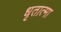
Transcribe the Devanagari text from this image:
धृतात्मा